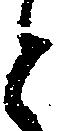
と